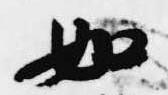
如